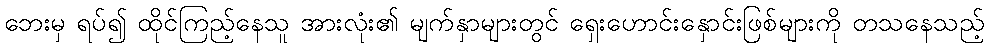
ဘေးမှ ရပ်၍ ထိုင်ကြည့်နေသူ အားလုံး၏ မျက်နှာများတွင် ရှေးဟောင်းနှောင်းဖြစ်များကို တသနေသည့်